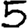
Digit: 5